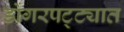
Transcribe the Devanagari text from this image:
डोंगरपट्ट्यात